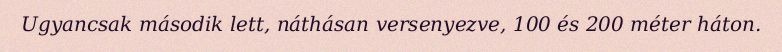
Ugyancsak második lett, náthásan versenyezve, 100 és 200 méter háton.